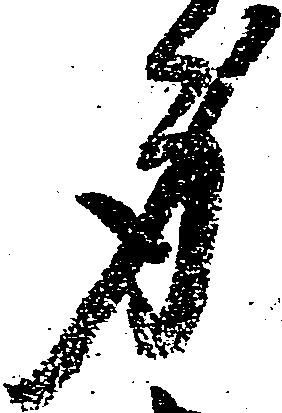
身